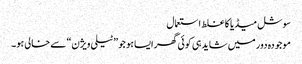
سوشل میڈیا کا غلط استعمال
موجودہ دور میں شاید ہی کوئی گھر ایسا ہو جو ”ٹیلی ویژن“ سے خالی ہو۔